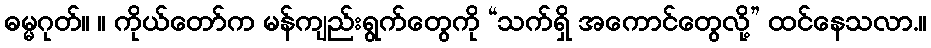
ဓမ္မဂုတ်။ ။ ကိုယ်တော်က မန်ကျည်းရွက်တွေကို “သက်ရှိ အကောင်တွေလို့” ထင်နေသလာ.။